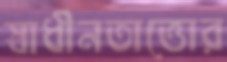
স্বাধীনতাত্তোর